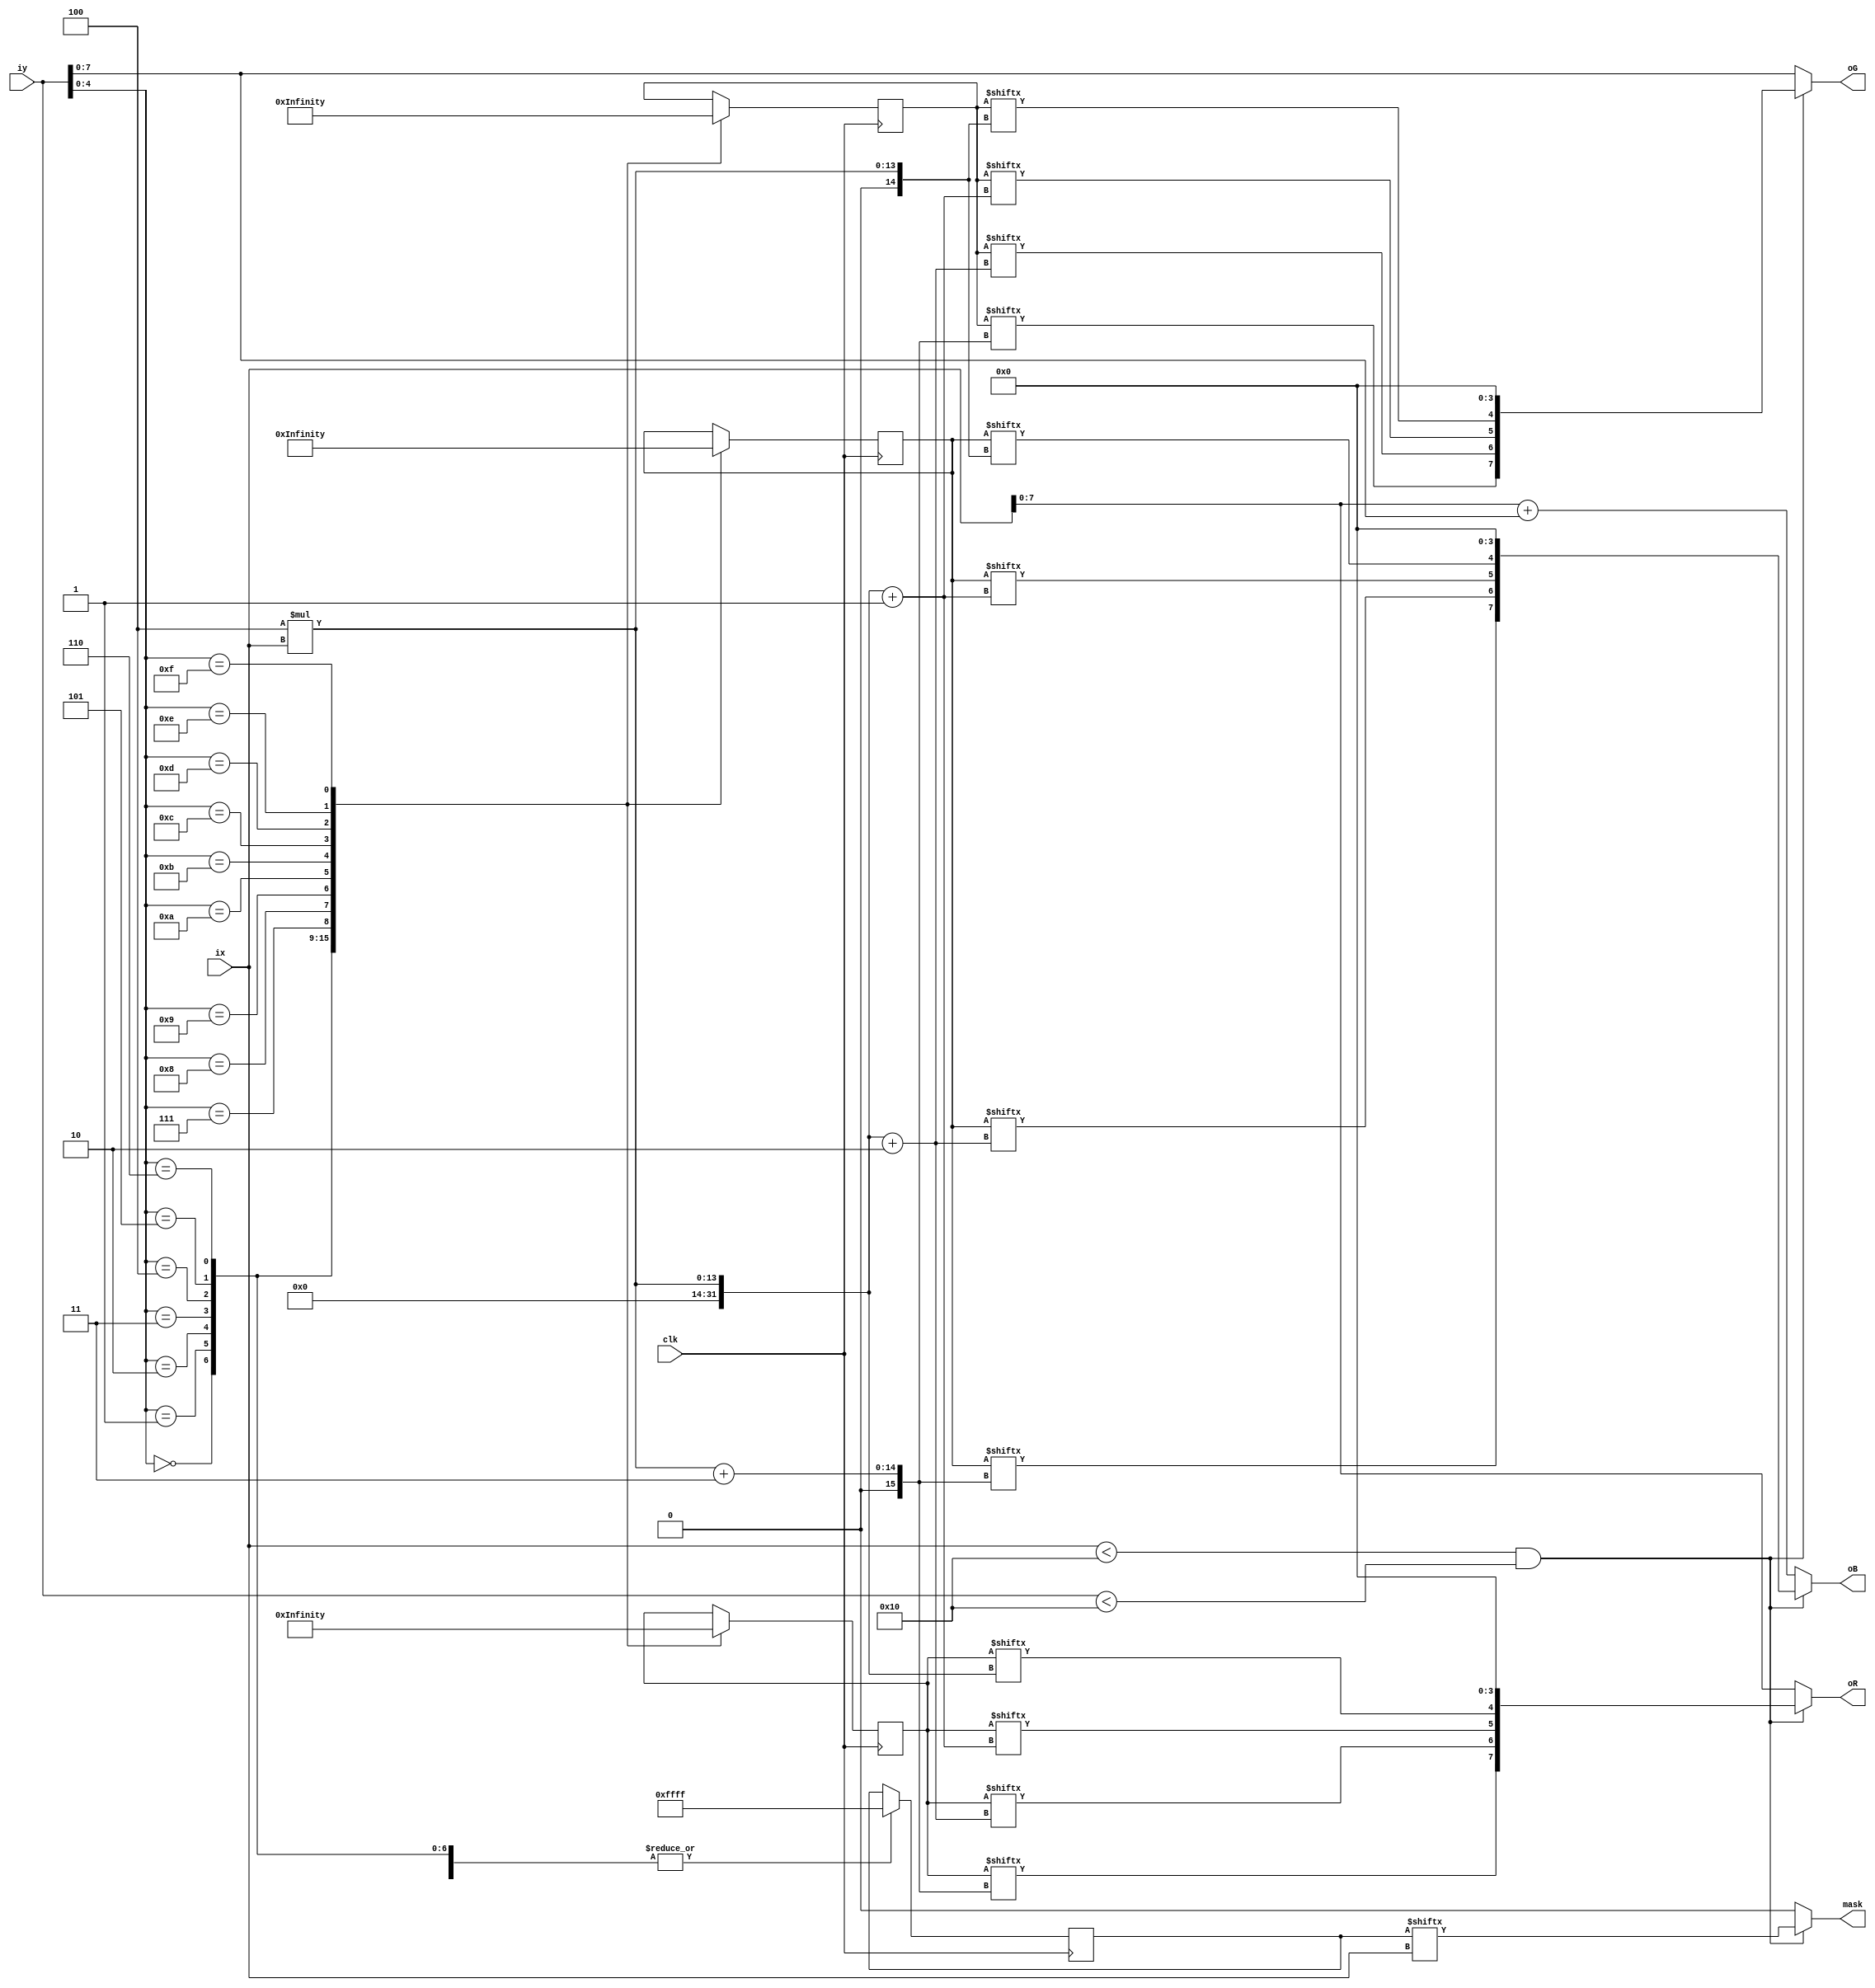
module question_mark(ix,iy,oR,oG,oB,mask,clk);
input clk;
input [10:0] ix;
input [10:0] iy;
output [7:0] oR;
output [7:0] oG;
output [7:0] oB;
output mask;
reg [64:0] question_mark_r;
reg [64:0] question_mark_g;
reg [64:0] question_mark_b;
reg [16:0] question_mark_a;
parameter x_size = 16,y_size = 16;
wire mask;

assign oR = (ix<x_size&&iy<y_size)?{question_mark_r[4*ix+3],question_mark_r[4*ix+2],question_mark_r[4*ix+1],question_mark_r[4*ix],4'b0000}:{ix[7:0]};
assign oG = (ix<x_size&&iy<y_size)?{question_mark_g[4*ix+3],question_mark_g[4*ix+2],question_mark_g[4*ix+1],question_mark_g[4*ix],4'b0000}:{iy[7:0]};
assign oB = (ix<x_size&&iy<y_size)?{question_mark_b[4*ix+3],question_mark_b[4*ix+2],question_mark_b[4*ix+1],question_mark_b[4*ix],4'b0000}:{ix+iy}; 
assign mask = (ix<x_size&&iy<y_size)?{question_mark_a[ix]}:0; 
always @(posedge clk)
begin
case(iy[4:0])
5'd0:question_mark_r=64'h4cdddddddedddca2;
5'd1:question_mark_r=64'hcfffffffffffffd2;
5'd2:question_mark_r=64'hdf4efffffffff4d2;
5'd3:question_mark_r=64'hdffffdccddfffdd3;
5'd4:question_mark_r=64'hcfffed445ccffee2;
5'd5:question_mark_r=64'hdfffdd4efcc5ffd2;
5'd6:question_mark_r=64'hefffcc4dfcc4ffd2;
5'd7:question_mark_r=64'hdffff55ecaa4ffd2;
5'd8:question_mark_r=64'hdffffffbb333ffd2;
5'd9:question_mark_r=64'hdffffffcb4deffe2;
5'd10:question_mark_r=64'heffffffe43efffe2;
5'd11:question_mark_r=64'heffffffcaeffffd2;
5'd12:question_mark_r=64'hcfeffffba3effee2;
5'd13:question_mark_r=64'hcf3dfffe33efe3d2;
5'd14:question_mark_r=64'haecedeeeccddecc1;
5'd15:question_mark_r=64'h3322233221222210;
endcase
case(iy[4:0])
5'd0:question_mark_g=64'h0666666666666660;
5'd1:question_mark_g=64'h69999a99999999a0;
5'd2:question_mark_g=64'h6909aa9a99aaa0a0;
5'd3:question_mark_g=64'h6aaa966666aaaaa0;
5'd4:question_mark_g=64'h6aa96600066aaaa0;
5'd5:question_mark_g=64'h6aaa56099660aaa0;
5'd6:question_mark_g=64'h69aa66099670aaa0;
5'd7:question_mark_g=64'h6aa9a0097560aaa0;
5'd8:question_mark_g=64'h6aaaaa966000aaa0;
5'd9:question_mark_g=64'h69aaaaa6609aaaa0;
5'd10:question_mark_g=64'h69aaaa9900aaa9a0;
5'd11:question_mark_g=64'h69aa9aa76aaa9a90;
5'd12:question_mark_g=64'h6a9aaaa660aaa9a0;
5'd13:question_mark_g=64'h6909aaaa00aa90a0;
5'd14:question_mark_g=64'h6a9baaaaaaaabaa0;
5'd15:question_mark_g=64'h0000000000000000;
endcase
case(iy[4:0])
5'd0:question_mark_b=64'h0221000001001230;
5'd1:question_mark_b=64'h2554343444334560;
5'd2:question_mark_b=64'h1404544554434060;
5'd3:question_mark_b=64'h0445412211445560;
5'd4:question_mark_b=64'h0444110001045560;
5'd5:question_mark_b=64'h1444020762204660;
5'd6:question_mark_b=64'h0244120762305560;
5'd7:question_mark_b=64'h0344500631304470;
5'd8:question_mark_b=64'h0444444220004460;
5'd9:question_mark_b=64'h0444344120664460;
5'd10:question_mark_b=64'h0444433400554460;
5'd11:question_mark_b=64'h1445434127544660;
5'd12:question_mark_b=64'h1556543030555570;
5'd13:question_mark_b=64'h2505654500665070;
5'd14:question_mark_b=64'h3667666777667680;
5'd15:question_mark_b=64'h0000000000000000;
endcase
case(iy[4:0])
5'd0:question_mark_a=16'b1111111111111111;
5'd1:question_mark_a=16'b1111111111111111;
5'd2:question_mark_a=16'b1111111111111111;
5'd3:question_mark_a=16'b1111111111111111;
5'd4:question_mark_a=16'b1111111111111111;
5'd5:question_mark_a=16'b1111111111111111;
5'd6:question_mark_a=16'b1111111111111111;
5'd7:question_mark_a=16'b1111111111111111;
5'd8:question_mark_a=16'b1111111111111111;
5'd9:question_mark_a=16'b1111111111111111;
5'd10:question_mark_a=16'b1111111111111111;
5'd11:question_mark_a=16'b1111111111111111;
5'd12:question_mark_a=16'b1111111111111111;
5'd13:question_mark_a=16'b1111111111111111;
5'd14:question_mark_a=16'b1111111111111111;
5'd15:question_mark_a=16'b1111111111111111;
endcase
end
endmodule